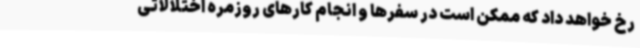
رخ خواهد داد که ممکن است در سفرها و انجام کارهای روزمره اختلالاتی